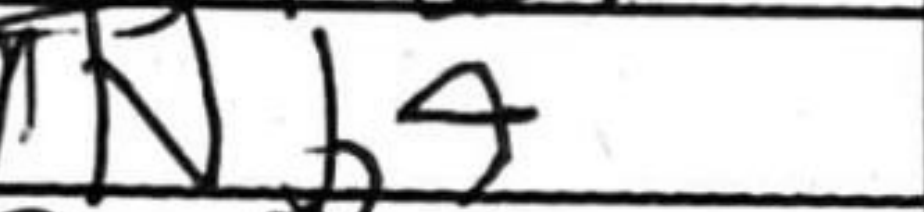
Transcription: Nb4